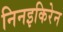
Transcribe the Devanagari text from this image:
निनइकिरेन